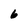
Character: 6